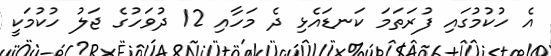
އެ ހުކުމުގައި ފުރަތަމަ ކަނޑައެޅި ދެ މަހާއި 12 ދުވަހުގެ ޖަލު ހުކުމަކީ